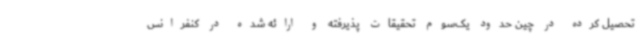
تحصیل کرده در چین حدود یک‌سوم تحقیقات پذیرفته و ارائه شده در کنفرانس